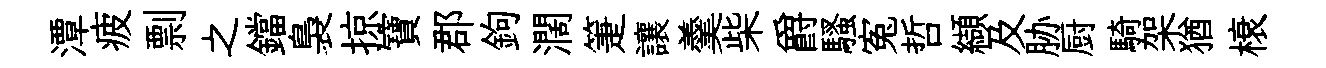
潭疲剽之鐺裊掠寶郡鉤濶箑讓羹柴爵騷寃哲纈及胁厨騎架猶榱